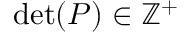
\operatorname* { d e t } ( P ) \in \mathbb { Z } ^ { + }